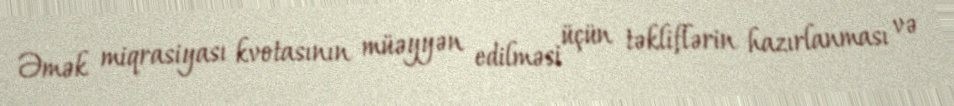
Əmək miqrasiyası kvotasının müəyyən edilməsi üçün təkliflərin hazırlanması və